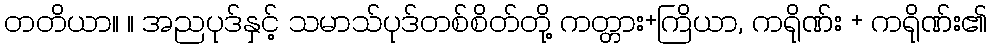
တတိယာ။ ။ အညပုဒ်နှင့် သမာသ်ပုဒ်တစ်စိတ်တို့ ကတ္တား+ကြိယာ, ကရိုဏ်း + ကရိုဏ်း၏